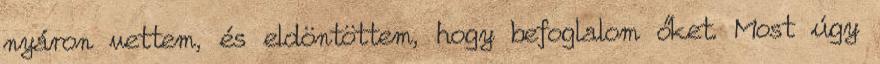
nyáron vettem, és eldöntöttem, hogy befoglalom őket. Most úgy